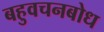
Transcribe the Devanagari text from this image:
बहुवचनबोध